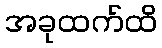
အခုထက်ထိ